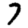
Digit: 7